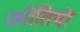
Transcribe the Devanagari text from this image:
ज्योतिषों